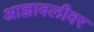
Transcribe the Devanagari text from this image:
आज्ञावलीवर